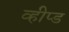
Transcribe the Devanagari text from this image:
व्हीप्ड